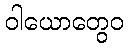
ဝါယောတွေဝ